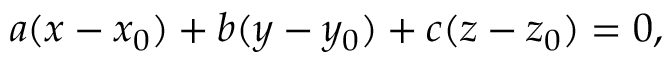
a ( x - x _ { 0 } ) + b ( y - y _ { 0 } ) + c ( z - z _ { 0 } ) = 0 ,